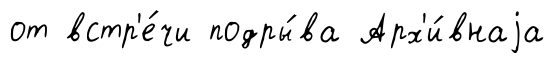
от встр'е́чи подры́ва Арх'и́внаjа